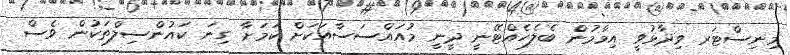
މިނިސްޓަރ ވިދާޅުވީ އިމާމުން ބެލެހެއްޓޭނީ ދީނީ މުއައްސަސާއަކަށް ކަމަށާ ގިނަ ކައުންސިލްތަކުން ވެސް